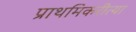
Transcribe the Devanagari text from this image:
प्राथमिकरीत्या